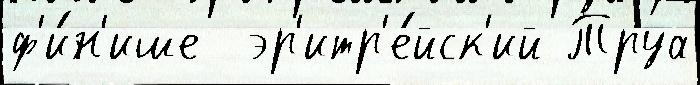
ф'и́н'ише  эр'итр'е́йск'ий Труа